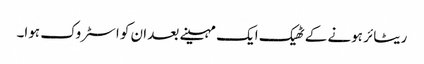
ریٹائر ہونے کے ٹھیک ایک مہینے بعد ان کو اسٹروک ہوا۔